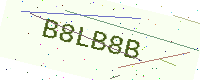
Text: B8LB8B